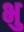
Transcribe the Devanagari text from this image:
भु